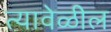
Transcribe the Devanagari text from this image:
त्यावेळील